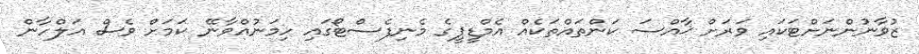
ޒުވާނުންނަށްޓަކައި ވަރަށް ޚާއްސަ ކަންތައްތަކެއް އެމްޑީޕީގެ މެނިފެސްޓޯގައި ހިމަނުއްވާނޭ ކަމަށް ވެސް އަލްހާން